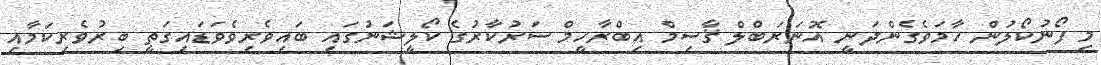
މި ފޯނުކޯލުން ހާމަވެގެންދަނީ އޮނަރަބްލް ޤާސިމް އިބްރާހީމް ސަރުކާރުގެ ކޯލީޝަނުގައި ބައިވެރިވެވަޑައިގަތީ ބިރުވެރިކަމާއި